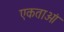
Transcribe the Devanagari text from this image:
एकताओं